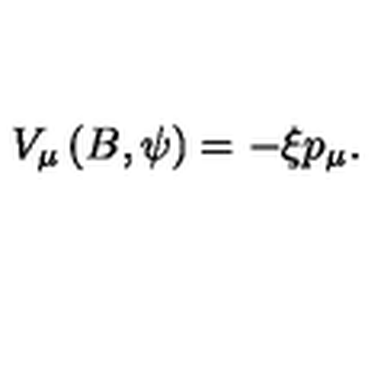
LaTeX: V _ { \mu } \left( B , \psi \right) = - \xi p _ { \mu } .